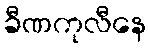
ခီဏကုလီနေ